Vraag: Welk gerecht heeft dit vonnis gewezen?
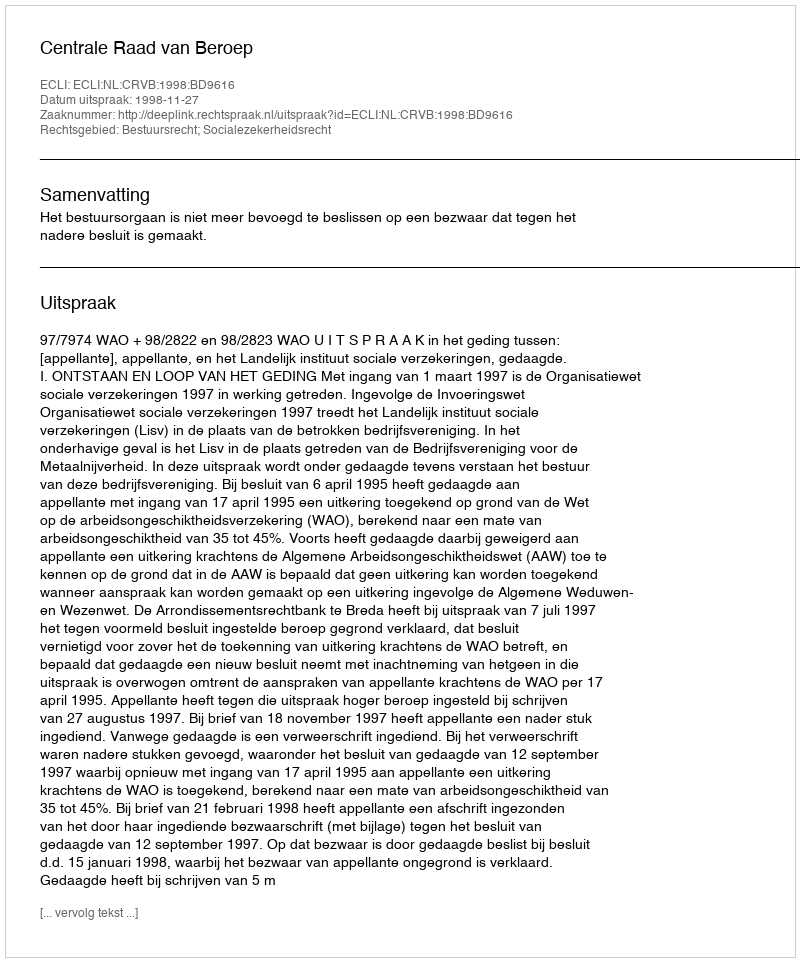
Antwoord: Centrale Raad van Beroep